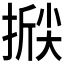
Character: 𰔗